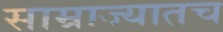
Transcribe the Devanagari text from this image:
साम्राज्यातच